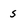
Character: s